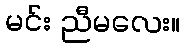
မင်း ညီမလေး။